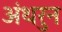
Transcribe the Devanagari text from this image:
अंथरुन